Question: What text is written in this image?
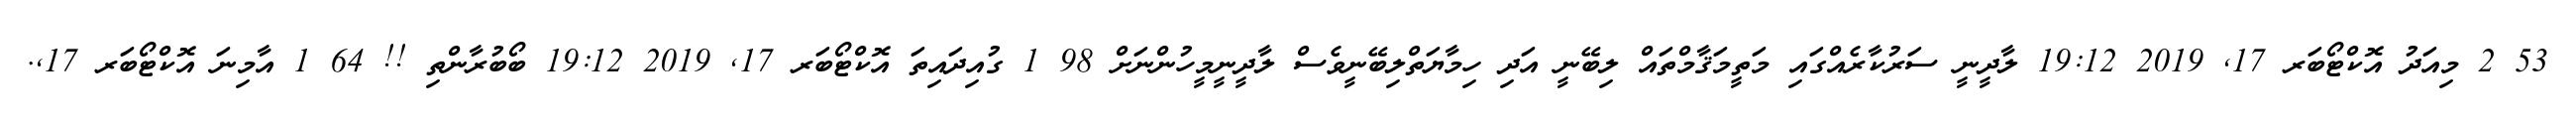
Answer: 53 2 މިއަދު އޮކްޓޯބަރ 17, 2019 19:12 ލާދީނީ ސަރުކާރެއްގައި މަތީމަޤާމްތައް ލިބޭނީ އަދި ހިމާޔަތްލިބޭނީވެސް ލާދީނީމީހުންނަށް 98 1 ގުއިދައިތަ އޮކްޓޯބަރ 17, 2019 19:12 ބޯބުރާންތި !! 64 1 އާމިނަ އޮކްޓޯބަރ 17,.